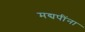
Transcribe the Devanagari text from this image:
मद्यपींना